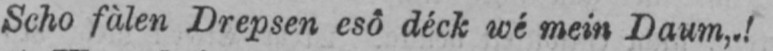
Scho fàlen Drepsen esô déck wé mein Daum,.!